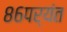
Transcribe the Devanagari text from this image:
८६पर्यंत